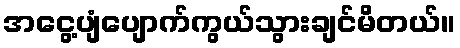
အငွေ့ပျံပျောက်ကွယ်သွားချင်မိတယ်။